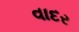
વાદર